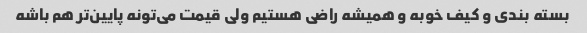
بسته بندی و کیف خوبه و همیشه راضی هستیم ولی قیمت می‌تونه پایین‌تر هم باشه